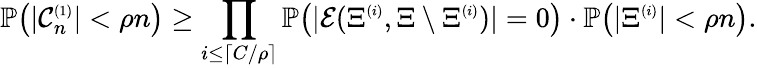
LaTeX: \mathbb{P}\big(|{\mathcal C}_{n}^{\scriptscriptstyle(1)}|<\rho n\big)\ge\prod_{i\le\lceil C/\rho\rceil}\mathbb{P}\big(|{\mathcal E}(\Xi^{\scriptscriptstyle(i)},\Xi\setminus\Xi^{\scriptscriptstyle(i)})|=0\big)\cdot\mathbb{P}\big(|\Xi^{\scriptscriptstyle(i)}|<\rho n\big).